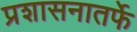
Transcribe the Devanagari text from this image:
प्रशासनातर्फे